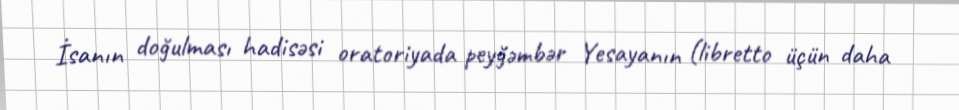
İsanın doğulması hadisəsi oratoriyada peyğəmbər Yesayanın (libretto üçün daha